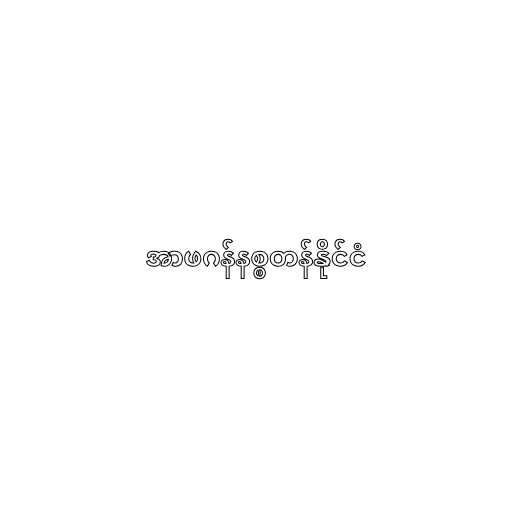
အာဖဂန်နစ္စတန်နိုင်ငံ